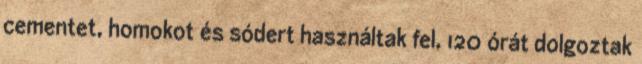
cementet, homokot és sódert használtak fel, 120 órát dolgoztak